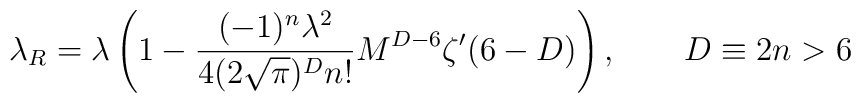
\lambda_R =\lambda\left(1-\frac{(-1)^n\lambda^2}{4(2\sqrt{\pi})^D  n!}M^{D-6}\zeta' (6-D) \right),\qquad D\equiv 2n>6